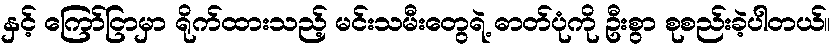
နှင့် ကြော်ငြာမှာ ရိုက်ထားသည့် မင်းသမီးတွေရဲ့ ဓာတ်ပုံကို ဦးစွာ စုစည်းခဲ့ပါတယ်။